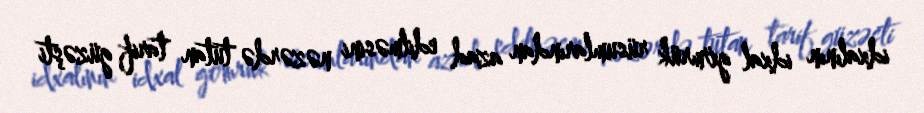
idxalının idxal gömrük rüsumlarından azad edilməsini nəzərdə tutan tarif güzəşti